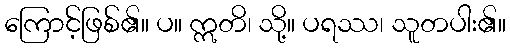
ကြောင့်ဖြစ်၏။ ပ။ ဣတိ၊ သို့။ ပရဿ၊ သူတပါး၏။